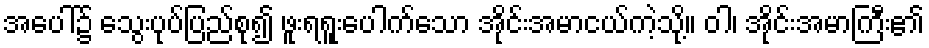
အပေါ်၌ သွေးပုပ်ပြည်စု၍ ဖူးရရူးပေါက်သော အိုင်းအမာငယ်ကဲ့သို့။ ဝါ၊ အိုင်းအမာကြီး၏